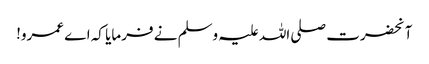
آنحضرت صلی اللہ علیہ وسلم نے فرمایا کہ اے عمرو!